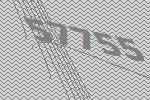
57755